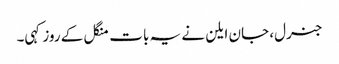
جنرل، جان ایلن نے یہ بات منگل کے روز کہی۔